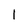
Character: l